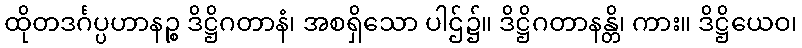
ထိုတဒင်္ဂပ္ပဟာနဉ္စ ဒိဋ္ဌိဂတာနံ၊ အစရှိသော ပါဌ်၌။ ဒိဋ္ဌိဂတာနန္တိ၊ ကား။ ဒိဋ္ဌိယေဝ၊